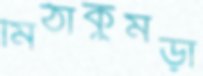
মিঠাকুমড়া